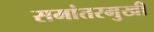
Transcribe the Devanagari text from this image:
समांतरमुखी